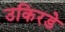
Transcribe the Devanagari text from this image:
उकिरडे